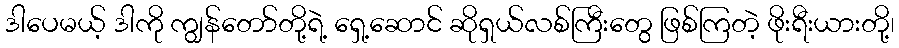
ဒါပေမယ့် ဒါကို ကျွန်တော်တို့ရဲ့ ရှေ့ဆောင် ဆိုရှယ်လစ်ကြီးတွေ ဖြစ်ကြတဲ့ ဖိုးရီးယားတို့၊